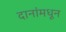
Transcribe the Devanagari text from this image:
दानांमधून